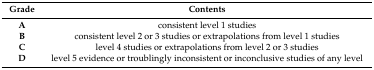
| Grade | Contents |
 | --- | --- |
 | A | consistent level 1 studies |
 | B | consistent level 2 or 3 studies or extrapolations from level 1 studies |
 | C | level 4 studies or extrapolations from level 2 or 3 studies |
 | D | level 5 evidence or troublingly inconsistent or inconclusive studies of any level |